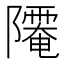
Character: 𨽅